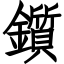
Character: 鑕